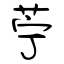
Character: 苧